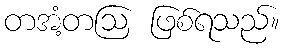
တအံ့တဩ ဖြစ်ရသည်။